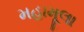
મહામૂલા